Note on the mental hospitals in Burma - 1925-1940
Year: 1925
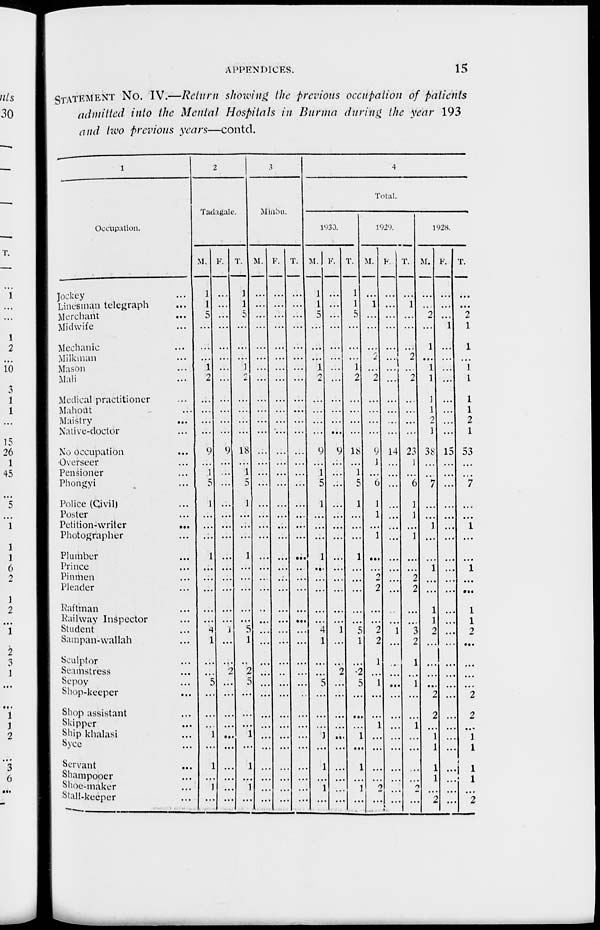
APPENDICES.
15
STATEMENT No. IV.—Return showing the previous occupation of patients
admitted into the Mental Hospitals in Burma during the year 193
and two previous years—contd.
1
Occupation.
Jockey ...
Linesman telegraph ...
Merchant ...
Midwife ...
Mechanic ...
Milkman ...
Mason ...
Mali ...
Medical practitioner ...
Mahout ...
Maistry ...
Native-doctor ...
No occupation ...
Overseer ...
Pensioner ...
Phongyi ...
Police (Civil) ...
Poster ...
Petition-writer
...
Photographer ...
Plumber ...
Prince ...
Pinmen ...
Pleader ...
Raftman ...
Railway Inspector ...
Student ...
Sampan-wallah ...
Sculptor ...
Seamstress ...
Sepoy ...
Shop-keeper ...
Shop assistant ...
Skipper ...
Ship khalasi ...
Syce ...
Servant ...
Shampooer ...
Shoe-maker ...
Stall-keeper ...
2
Tadagale.
M.
1
1
5
...
...
...
1
2
...
...
...
...
9
...
1
5
1
...
...
...
1
...
...
...
...
...
4
1
...
...
5
...
...
...
1
...
1
...
1
...
F.
...
...
...
...
...
...
...
...
...
...
...
...
9
...
...
...
...
...
...
...
...
...
...
...
...
...
1
...
...
2
...
...
...
...
...
...
...
...
...
...
T.
1
1
5
...
...
...
1
2
...
...
...
...
18
...
1
5
1
...
...
...
1
...
...
...
...
...
5
1
...
2
5
...
...
...
1
...
1
...
1
...
3
Minbu.
M.
...
...
...
...
...
...
...
...
...
...
...
...
...
...
...
...
...
...
...
...
...
...
...
...
...
...
...
...
...
...
...
...
...
...
...
...
...
...
...
...
F.
...
...
...
...
...
...
...
...
...
...
...
...
...
...
...
...
...
...
...
...
...
...
...
...
...
...
...
...
...
...
...
...
...
...
...
...
...
...
...
...
T.
...
...
...
...
...
...
...
...
...
...
...
...
...
...
...
...
...
...
...
...
...
...
...
...
...
...
...
...
...
...
...
...
...
...
...
...
...
...
...
...
4
Total.
1930.
M.
1
1
5
...
...
...
1
2
...
...
...
...
9
...
1
5
1
...
...
...
1
...
...
...
...
...
4
1
...
...
5
...
...
...
1
...
1
...
1
...
F.
...
...
...
...
...
...
...
...
...
...
...
...
9
...
...
...
...
...
...
...
...
...
...
...
...
...
1
...
...
2
...
...
...
...
...
...
...
...
...
...
T.
1
1
5
...
...
...
1
2
...
...
...
...
18
...
1
5
1
...
...
...
1
...
...
...
...
...
5
1
...
2
5
...
...
...
1
...
1
...
1
...
1929.
M.
...
1
...
...
...
2
...
2
...
...
...
...
9
1
...
6
1
1
...
1
...
...
2
2
...
...
2
2
1
...
1
...
...
1
...
...
...
...
2
...
F.
...
...
...
...
...
...
...
...
...
...
...
...
14
...
...
...
...
...
...
...
...
...
...
...
...
...
1
...
...
...
...
...
...
...
...
...
...
...
...
...
T.
...
1
...
...
...
2
...
2
...
...
...
...
23
1
...
6
1
1
...
1
...
...
2
2
...
...
3
2
1
...
1
...
...
1
...
...
...
...
2
...
1928.
M.
...
...
2
...
1
...
1
1
1
1
2
1
38
...
...
7
...
...
1
...
...
1
...
...
1
1
2
...
...
...
...
2
2
...
1
1
1
1
...
2
F.
...
...
...
1
...
...
...
...
...
...
...
...
15
...
...
...
...
...
...
...
...
...
...
...
...
...
...
...
...
...
...
...
...
...
...
...
...
...
...
...
T.
...
...
2
1
1
...
1
1
1
1
2
1
53
...
...
7
...
...
1
...
...
1
...
...
1
1
2
...
...
...
...
2
2
...
1
1
1
1
...
2